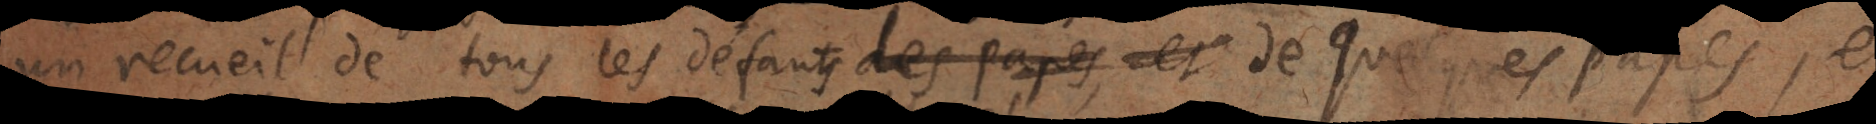
recueil de tous les défauts des Papes, et de quelques Papes, et